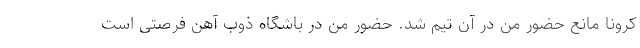
کرونا مانع حضور من در آن تیم شد. حضور من در باشگاه ذوب آهن فرصتی است